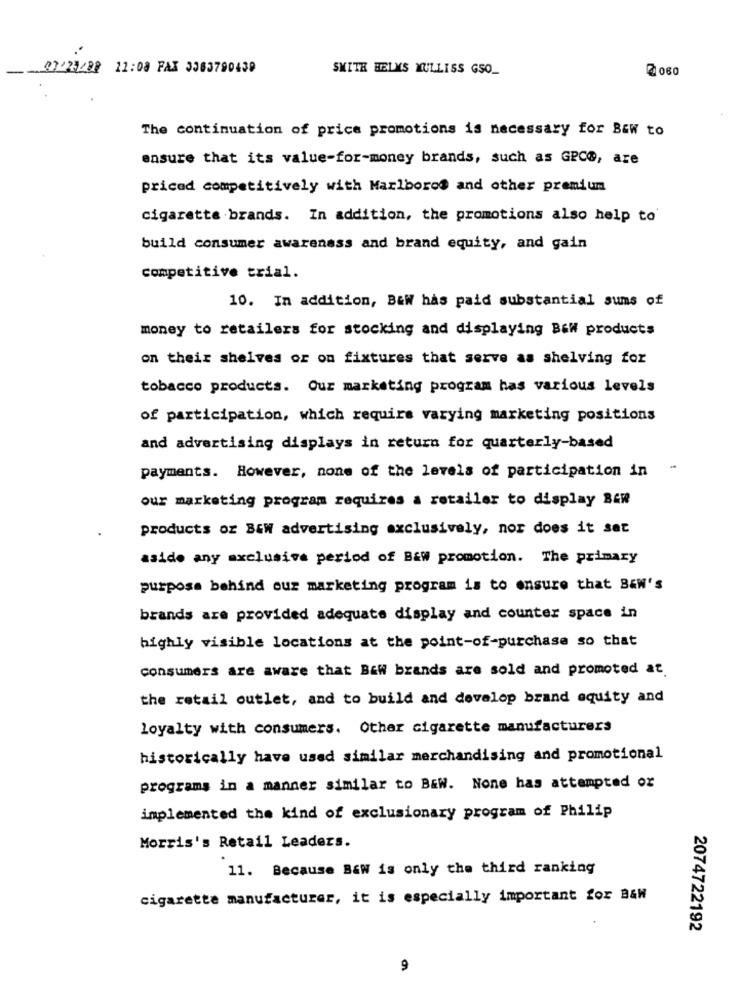
-
23/23/08 11:08 FAX 3063790439
SMITH HEELYS MULLISS GSO_
2 060
The continuation of price promotions is necessary for BEW to
ensure that its value-for-money brands, such as GPCO, are
priced competitively with Marlboro@ and other premium
cigarette brands. In addition, the promotions also help to
build consumer awareness and brand equity, and gain
competitive trial.
10. In addition, B&W has paid substantial sums of
money to retailers for stocking and displaying Baw products
on their shelves or on fixtures that serve as shelving for
tobacco products. Our marketing program has various levels
of participation, which require varying marketing positions
and advertising displays in return for quarterly-based
payments. However, none of the levels of participation in
our marketing program requires a retailer to display BER
products or BEW advertising exclusively, nor does it sat
aside any axclusive period of B&w promotion. The primary
purpose behind our marketing program is to ensure that B&W's
brands are provided adequate display and counter space in
highly visible locations at the point-of-purchase so that
consumers are aware that Bawi brands are sold and promoted at.
the retail outlet, and to build and develop brand equity and
loyalty with consumers. Other cigarette manufacturers
historically have used similar merchandising and promotional
programs in a manner similar to BEW. None has attempted ox
implemented the kind of exclusionary program of Philip
Morris's Retail Leaders.
11. Because B&W is only the third ranking
cigarette manufacturer, it is especially important for B&W
2074722192
9